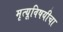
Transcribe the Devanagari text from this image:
मृत्यूविषयीचा